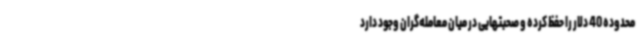
محدوده 40 دلار را حفظ کرده و صحبتهایی در میان معامله‌گران وجود دارد